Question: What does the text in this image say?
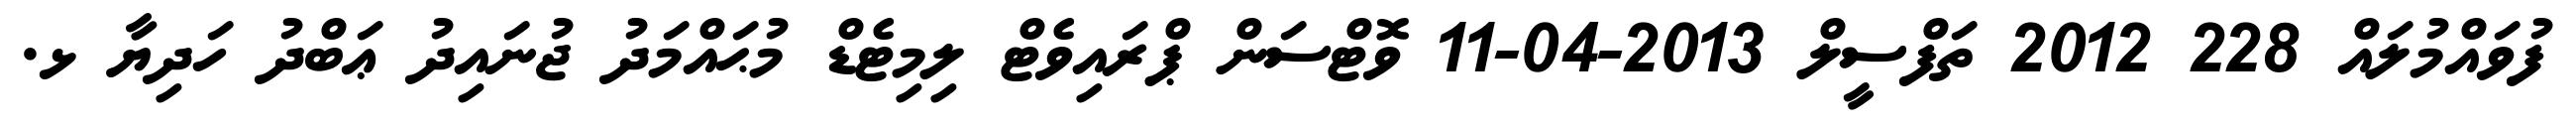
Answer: ފުވައްމުލައް 228 2012 ތަފްސީލް 2013-04-11 ވޮޓްސަން ޕްރައިވެޓް ލިމިޓެޑް މުޙައްމަދު ޖުނައިދު ޢަބްދު ހަދިޔާ ޅ.